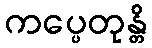
ကပ္ပေတုန္တိ